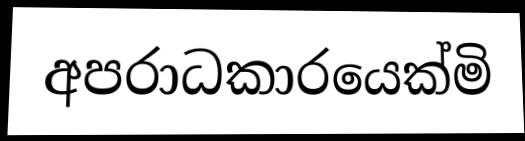
අපරාධකාරයෙක්මි